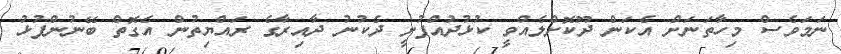
ނަމަވެސް މިހާތަނަށް އެކަން ދޫކޮށްލެއްވީ ކުޅުދުއްފުށީ ދެކުނު ދާއިރާގެ ރައްޔިތުން އެގޮތް ބޭނުންފުޅު